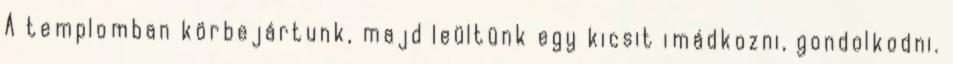
A templomban körbejártunk, majd leültünk egy kicsit imádkozni, gondolkodni.